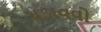
ચડાવવો